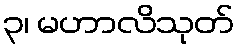
၃၊ မဟာလိသုတ်